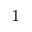
^ { 1 }